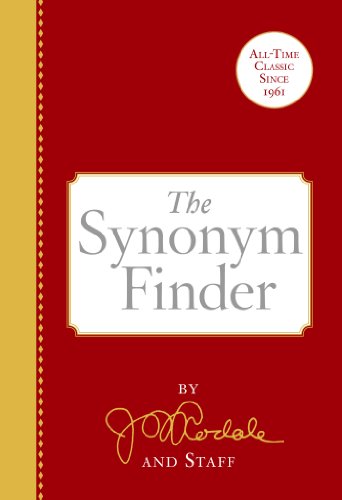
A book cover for The Synonym Finder; J. I. Rodale; Reference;